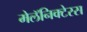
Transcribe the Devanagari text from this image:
मेलॅनिक्टेरस